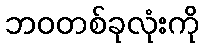
ဘဝတစ်ခုလုံးကို